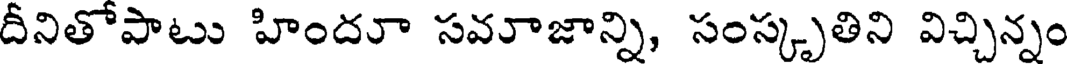
దీనితోపాటు హిందూ సవూజాన్ని, సంస్కృతిని విచ్చిన్నం